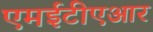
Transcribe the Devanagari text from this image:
एमईटीएआर